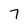
Character: 7